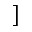
]